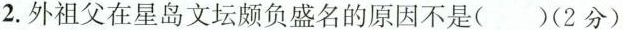
2.外祖父在星岛文坛颇负盛名的原因不是()(2分)